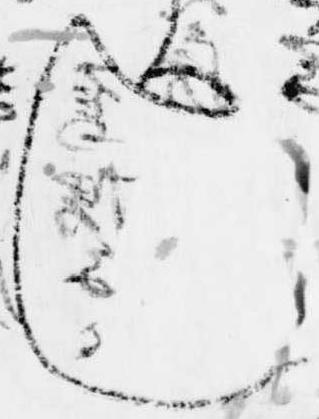
し